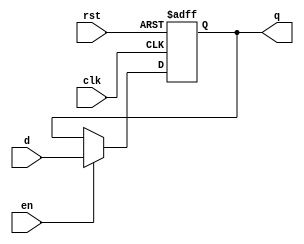
// This program was cloned from: https://github.com/ZhengmingHu/E203_SOC
// License: Apache License 2.0

 /*                                                                      
 Copyright 2018-2020 Nuclei System Technology, Inc.                
                                                                         
 Licensed under the Apache License, Version 2.0 (the "License");         
 you may not use this file except in compliance with the License.        
 You may obtain a copy of the License at                                 
                                                                         
     http://www.apache.org/licenses/LICENSE-2.0                          
                                                                         
  Unless required by applicable law or agreed to in writing, software    
 distributed under the License is distributed on an "AS IS" BASIS,       
 WITHOUT WARRANTIES OR CONDITIONS OF ANY KIND, either express or implied.
 See the License for the specific language governing permissions and     
 limitations under the License.                                          
 */                                                                      
                                                                         
                                                                         
                                                                         
module sirv_AsyncResetReg (
                      input      d,
                      output reg q,
                      input      en,

                      input      clk,
                      input      rst);
   
   always @(posedge clk or posedge rst) begin

      if (rst) begin
         q <= 1'b0;
      end else if (en) begin
         q <= d;
      end
   end
   

endmodule // AsyncResetReg